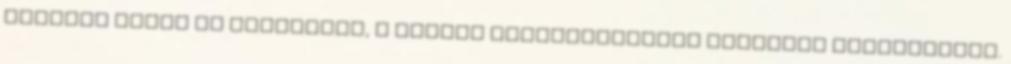
Kezdjük tehát az alapoknál, a szavak természetesnek mondható logikájánál.